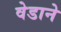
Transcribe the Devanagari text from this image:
वेडाने